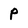
Character: P